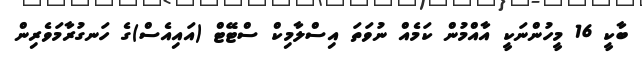
ބާކީ 16 މީހުންނަކީ އާއްމުން ކަމެއް ނުވަތަ އިސްލާމިކް ސްޓޭޓް (އައިއެސް)ގެ ހަނގުރާމަވެރިން